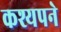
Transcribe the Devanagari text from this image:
कश्यपने